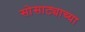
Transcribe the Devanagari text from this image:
सोसाट्याच्या